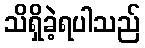
သိရှိခဲ့ရပါသည်